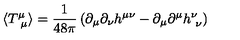
\langle T _ { \ \mu } ^ { \mu } \rangle = \frac { 1 } { 4 8 \pi } \left( \partial _ { \mu } \partial _ { \nu } h ^ { \mu \nu } - \partial _ { \mu } \partial ^ { \mu } h _ { \ \nu } ^ { \nu } \right)